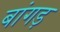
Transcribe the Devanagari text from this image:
बांगड़